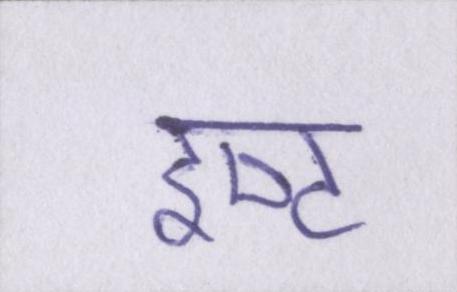
इष्ट